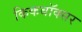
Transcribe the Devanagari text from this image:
किकबॉक्सर